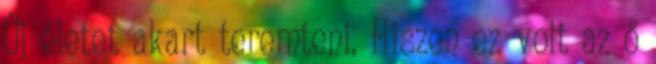
Új életet akart teremteni. Hiszen ez volt az ő